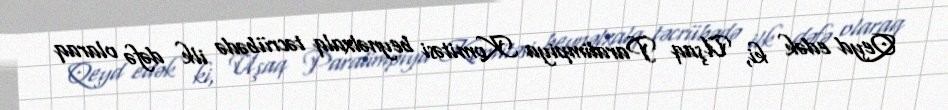
Qeyd edək ki, Uşaq Paralimpiya Komitəsi beynəlxalq təcrübədə ilk dəfə olaraq